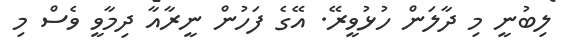
ލިބުނީ މި ދާލަން ހުޅުވީރޭ. އޭގެ ފަހުން ނީރާއާ ދިމާވީ ވެސް މި